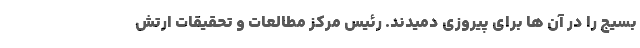
بسیج را در آن ها برای پیروزی دمیدند. رئیس مرکز مطالعات و تحقیقات ارتش